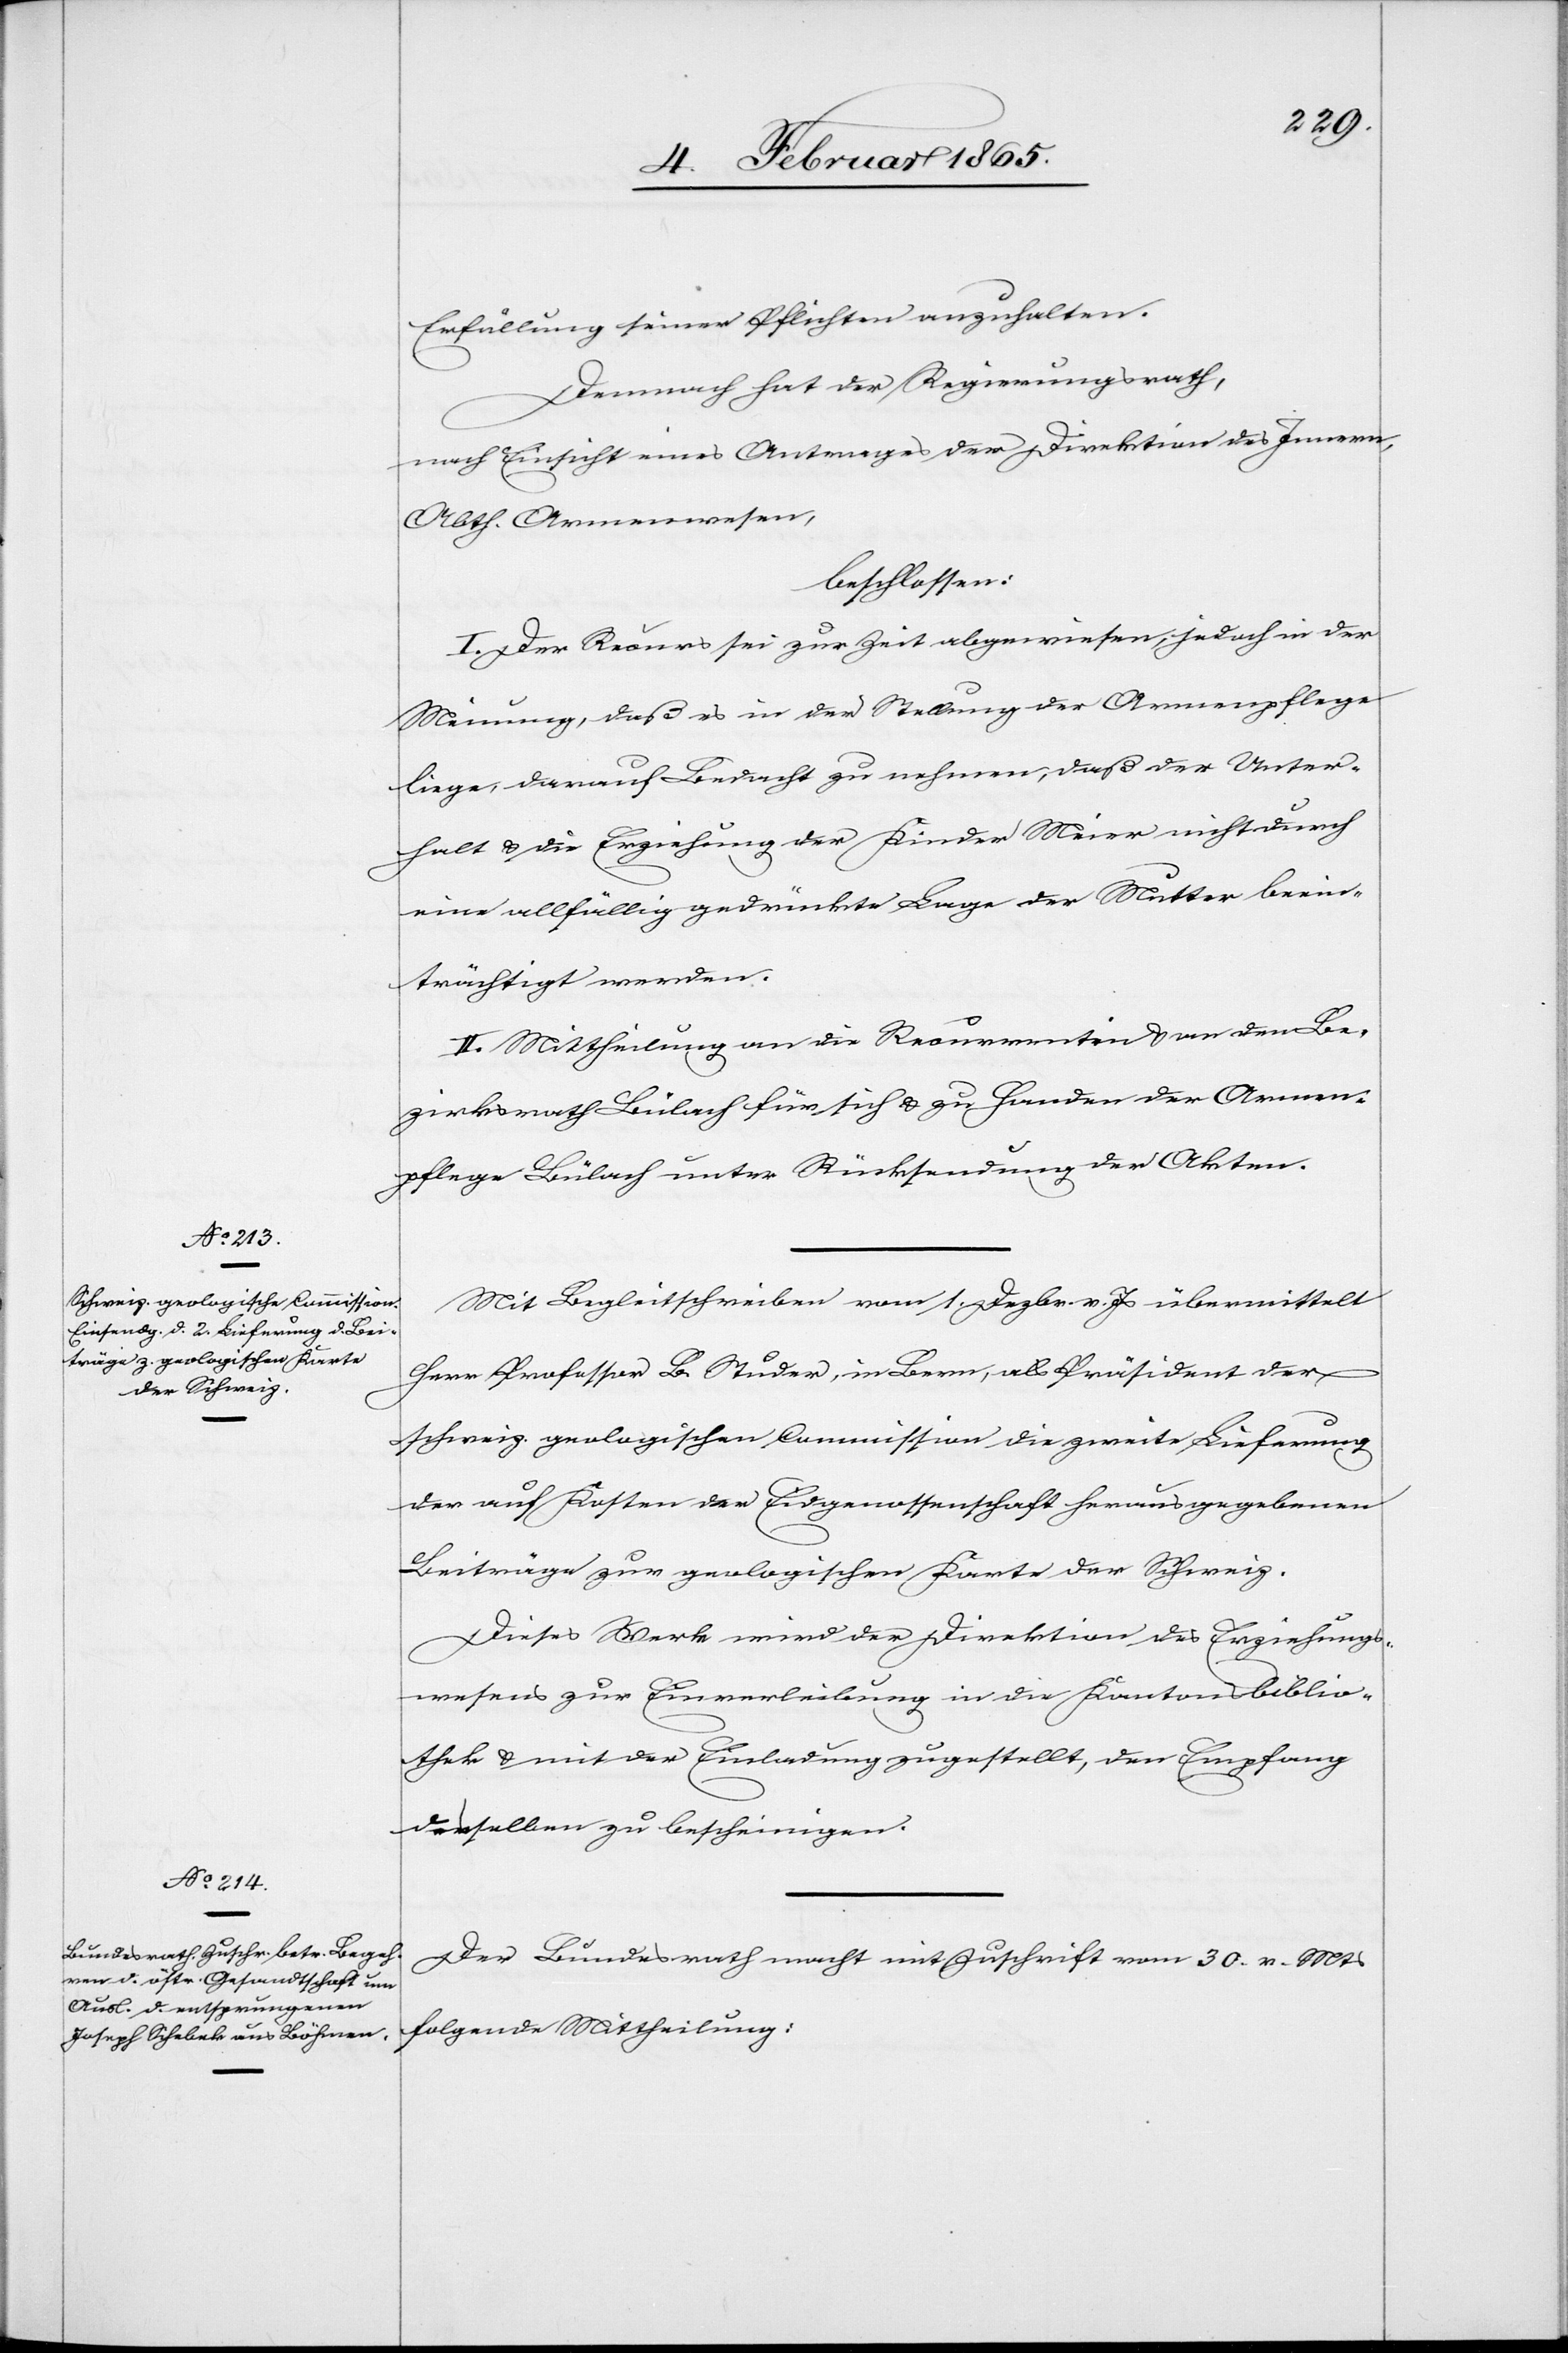
Erfüllung seiner Pflichten anzuhalten.
Demnach hat der Regierungsrath,
nach Einsicht eines Antrages der Direktion des Innern,
Abth. Armenwesen,
beschlossen:
I. Der Recurs sei zur Zeit abgewiesen, jedoch in der
Meinung, daß es in der Stellung der Armenpflege
liege, darauf Bedacht zu nehmen, daß der Unter¬
halt u. die Erziehung der Kinder Meier nicht durch
eine allfällig gedrückte Lage der Mutter beein¬
trächtigt werden.
II. Mittheilung an die Recurrentin u. an den Be¬
zirksrath Bülach für sich u. zu Handen der Armen¬
pflege Bülach unter Rücksendung der Akten.
Mit Begleitschreiben vom 1. Dezbr. v. Js übermittelt
Herr Professor B. Studer, in Bern, als Präsident der
schweiz. geologischen Commission die zweite Lieferung
der auf Kosten der Eidgenossenschaft herausgegebenen
Beiträge zur geologischen Karte der Schweiz.
Dieses Werk wird der Direktion des Erziehungs¬
wesens zur Einverleibung in die Kantonsbiblio¬
thek u. mit der Einladung zugestellt, den Empfang
derselben zu bescheinigen.
Der Bundesrath macht mit Zuschrift vom 30. v. Mts
folgende Mittheilung: